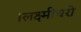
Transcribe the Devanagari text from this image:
।लक्ष्मीधरो